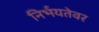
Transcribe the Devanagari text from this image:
निर्भयतेवर